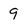
Character: 9